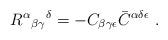
LaTeX: \begin{align*}R^\alpha {}_{\beta \gamma}{}^\delta=- C_{\beta \gamma \epsilon}\bar C^{\alpha\delta\epsilon} \ . \end{align*}